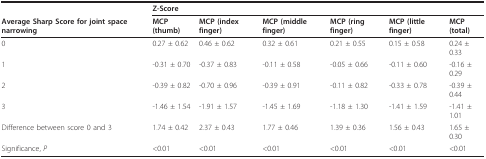
|  | <COLSPAN=6> Z-Score |
 | Average Sharp Score for joint space narrowing | MCP (thumb) | MCP (index finger) | MCP (middle finger) | MCP (ring finger) | MCP (little finger) | MCP (total) |
 | --- | --- | --- | --- | --- | --- | --- |
 | 0 | 0.27 ± 0.62 | 0.46 ± 0.62 | 0.32 ± 0.61 | 0.21 ± 0.55 | 0.15 ± 0.58 | 0.24 ± 0.33 |
 | 1 | -0.31 ± 0.70 | -0.37 ± 0.83 | -0.11 ± 0.58 | -0.05 ± 0.66 | -0.11 ± 0.60 | -0.16 ± 0.29 |
 | 2 | -0.39 ± 0.82 | -0.70 ± 0.96 | -0.39 ± 0.91 | -0.11 ± 0.82 | -0.33 ± 0.78 | -0.39 ± 0.44 |
 | 3 | -1.46 ± 1.54 | -1.91 ± 1.57 | -1.45 ± 1.69 | -1.18 ± 1.30 | -1.41 ± 1.59 | -1.41 ± 1.01 |
 | Difference between score 0 and 3 | 1.74 ± 0.42 | 2.37 ± 0.43 | 1.77 ± 0.46 | 1.39 ± 0.36 | 1.56 ± 0.43 | 1.65 ± 0.30 |
 | Significance, P | <0.01 | <0.01 | <0.01 | <0.01 | <0.01 | <0.01 |